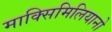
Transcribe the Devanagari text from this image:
माक्सिमिलियानो